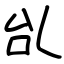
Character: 乨